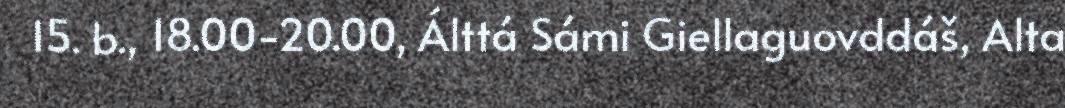
15. b., 18.00-20.00, Álttá Sámi Giellaguovddáš, Alta